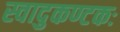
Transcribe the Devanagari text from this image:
स्वादुकण्टकः